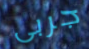
جربى